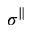
\sigma ^ { \parallel }